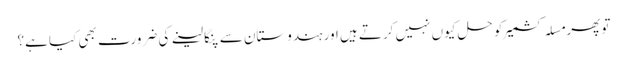
تو پھر مسلہ کشمیر کو حل کیوں نہیں کرتے ہیں اور ہندوستان سے پنگا لینے کی ضرورت بھی کیا ہے؟